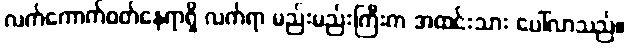
လက်ကောက်ဝတ်နေရာရှိ လက်ရာ မည်းမည်းကြီးက အထင်းသား ပေါ်လာသည်။